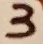
Text: 3